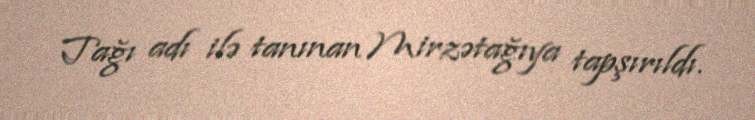
Tağı adı ilə tanınan Mirzətağıya tapşırıldı.